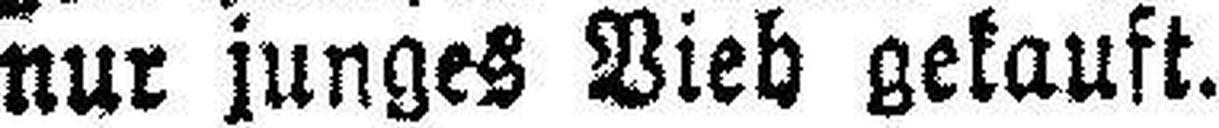
nur junges Vieh gekauft.